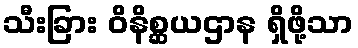
သီးခြား ဝိနိစ္ဆယဌာန ရှိဖို့သာ